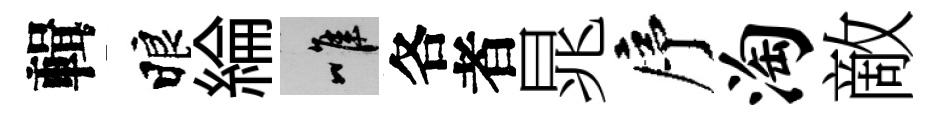
輯睱綸唯各者晁序淘敵